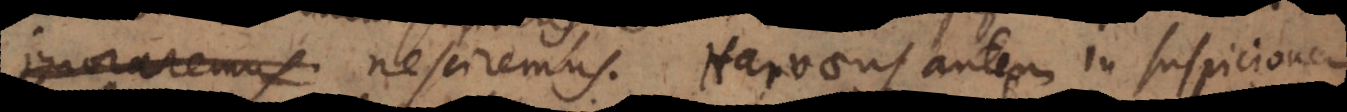
nesciremus. Harvaeus autem in suspicionem